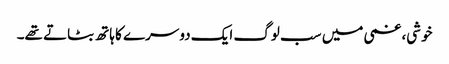
خوشی، غمی میں سب لوگ ایک دوسرے کا ہاتھ بٹاتے تھے۔